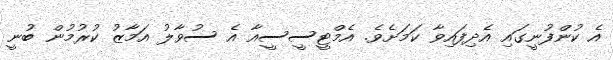
އެ ކުންފުނީގައި އެދިފައިވާ ކަމަށެވެ. އެމްޓީސީސީއާ އެ ސުވާލު އަމާޒު ކުރުމުން ބުނީ